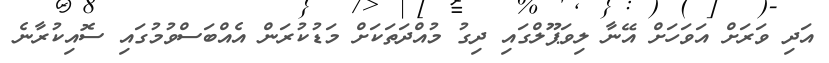
އަދި ވަރަށް އަވަހަށް އޭނާ ލިވަޕޫލްގައި ދިގު މުއްދަތަކަށް މަޑުކުރަން އެއްބަސްވުމުގައި ސޮއިކުރާނެ